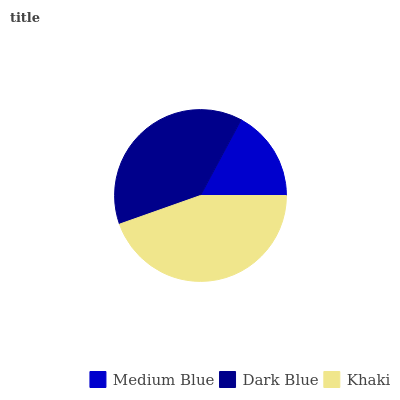
| Medium Blue | Dark Blue | Khaki |
 | --- | --- | --- |
 | 17.2% | 38.2% | 44.6% |